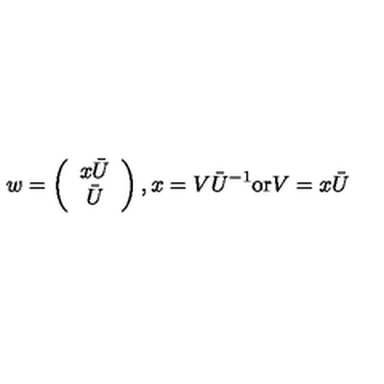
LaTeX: w = \left( \begin{array} { c } { x \bar { U } } \\ { \bar { U } } \\ \end{array} \right) , x = V \bar { U } ^ { - 1 } \mathrm { o r } V = x \bar { U }